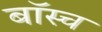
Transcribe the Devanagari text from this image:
बॉस्च